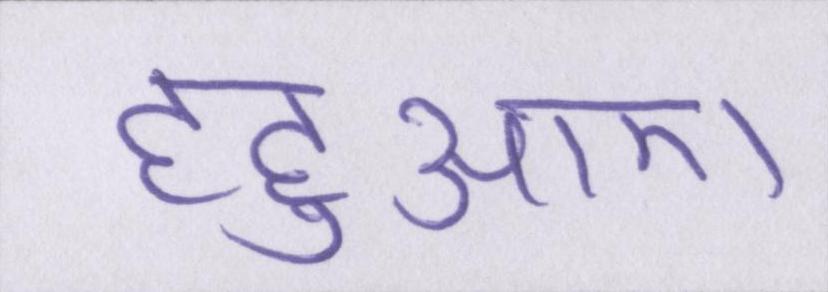
हहुआए